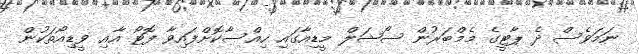
ނަމަވެސް ދެ ޕާޓީގެ މެމްބަރުން ސޯޝަލް މީޑިއާގައި ހިއްސާކޮށްފައިވާ ފޮޓޯ އާއި ވީޑިއޯތަކުން